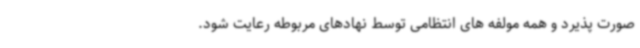
صورت پذیرد و همه مولفه های انتظامی توسط نهادهای مربوطه رعایت شود.